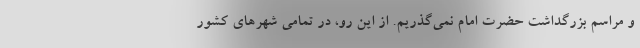
و مراسم بزرگداشت حضرت امام نمی‌گذریم. از این رو، در تمامی شهرهای کشور